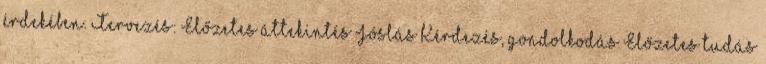
érdekében. Tervezés: Előzetes áttekintés Jóslás Kérdezés, gondolkodás Előzetes tudás